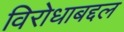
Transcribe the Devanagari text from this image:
विरोधाबद्दल